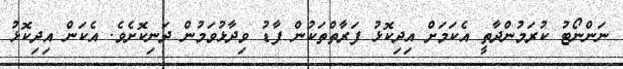
ނަންނޯޓު ކުރަމުންދާތީ އެކަމަށް އިދިކޮޅު ފަރާތްތަކުން ފާޑު ވިދާޅުވަމުން ދަނިކޮށެވެ. އެކަން އިދިކޮޅު